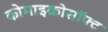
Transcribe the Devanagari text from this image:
कोमाइक्रोसॉफ्ट